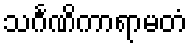
သင်္ဂဏိကာရာမတံ